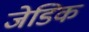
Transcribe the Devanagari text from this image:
जेडिक